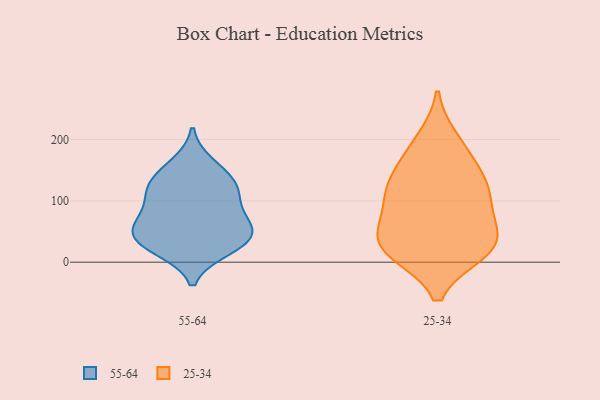
{"axis": {"x": "LTV (USD)", "y": "Value"}, "legend": ["25-34", "55-64"], "data": [{"x": "", "y": 29, "type": "55-64"}, {"x": "", "y": 159, "type": "55-64"}, {"x": "", "y": 39, "type": "55-64"}, {"x": "", "y": 134, "type": "55-64"}, {"x": "", "y": 65, "type": "55-64"}, {"x": "", "y": 22, "type": "55-64"}, {"x": "", "y": 109, "type": "55-64"}, {"x": "", "y": 108, "type": "55-64"}, {"x": "", "y": 38, "type": "55-64"}, {"x": "", "y": 129, "type": "55-64"}, {"x": "", "y": 71, "type": "55-64"}, {"x": "", "y": 57, "type": "55-64"}, {"x": "", "y": 199, "type": "25-34"}, {"x": "", "y": 17, "type": "25-34"}, {"x": "", "y": 24, "type": "25-34"}, {"x": "", "y": 105, "type": "25-34"}, {"x": "", "y": 33, "type": "25-34"}, {"x": "", "y": 17, "type": "25-34"}, {"x": "", "y": 34, "type": "25-34"}, {"x": "", "y": 86, "type": "25-34"}, {"x": "", "y": 140, "type": "25-34"}, {"x": "", "y": 59, "type": "25-34"}, {"x": "", "y": 129, "type": "25-34"}, {"x": "", "y": 178, "type": "25-34"}, {"x": "", "y": 118, "type": "25-34"}]}